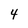
Character: 4